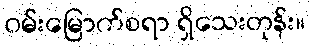
ဝမ်းမြောက်စရာ ရှိသေးတုန်း။